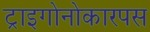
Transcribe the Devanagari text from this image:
ट्राइगोनोकारपस